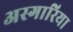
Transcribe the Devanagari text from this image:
अस्गारिया